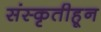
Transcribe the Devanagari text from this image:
संस्कृतीहून